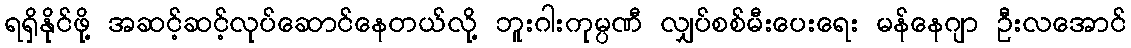
ရရှိနိုင်ဖို့ အဆင့်ဆင့်လုပ်ဆောင်နေတယ်လို့ ဘူးဂါးကုမ္ပဏီ လျှပ်စစ်မီးပေးရေး မန်နေဂျာ ဦးလအောင်